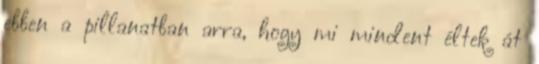
ebben a pillanatban arra, hogy mi mindent éltek át